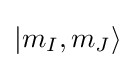
|m_{I},m_{J}\rangle